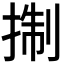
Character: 𢮓